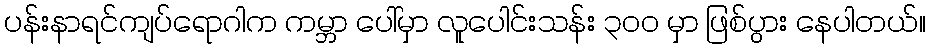
ပန်းနာရင်ကျပ်ရောဂါက ကမ္ဘာ ပေါ်မှာ လူပေါင်းသန်း ၃၀၀ မှာ ဖြစ်ပွား နေပါတယ်။